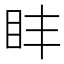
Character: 盽